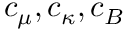
c _ { \mu } , c _ { \kappa } , c _ { B }